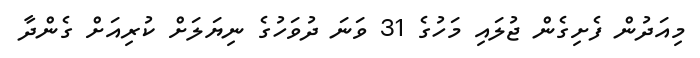
މިއަދުން ފެށިގެން ޖުލައި މަހުގެ 31 ވަނަ ދުވަހުގެ ނިޔަލަށް ކުރިއަށް ގެންދާ